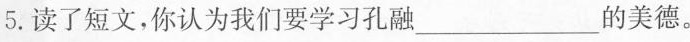
5.读了短文，你认为我们要学习孔融____的美德。